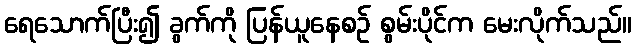
ရေသောက်ပြီး၍ ခွက်ကို ပြန်ယူနေစဉ် စွမ်းပိုင်က မေးလိုက်သည်။